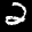
Label: 2